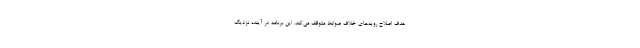
هدف اصلاح رویه‌هاى خلاف ضوابط متوقف مى‌کند. این برنامه در آینده نزدیک